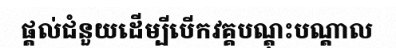
ផ្តល់ជំនួយដើម្បីបើកវគ្គបណ្តុះបណ្តាល